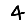
Digit: 4